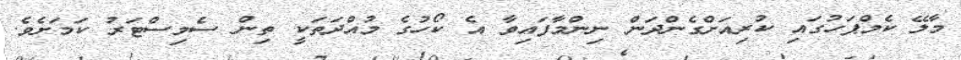
މާލޭ ކެމްޕަހުގައި ކުރިއަށްގެންދަން ނިންމާފައިވާ އެ ކޯހުގެ މުއްދަތަކީ ތިން ސެމިސްޓަރު ކަމަށެވެ.